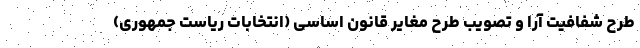
طرح شفافیت آرا و تصویب طرح مغایر قانون اساسی (انتخابات ریاست جمهوری)